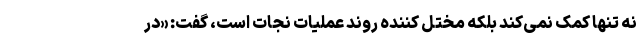
نه تنها کمک نمی‌کند بلکه مختل کننده روند عملیات نجات است، گفت: «در